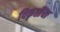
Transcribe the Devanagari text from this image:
विकृतींचा